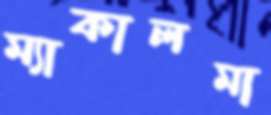
ম্যাকালমা